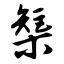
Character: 榘